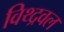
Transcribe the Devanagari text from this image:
विथ्द्रवल